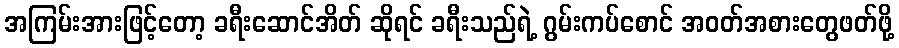
အကြမ်းအားဖြင့်တော့ ခရီးဆောင်အိတ် ဆိုရင် ခရီးသည်ရဲ့ ဂွမ်းကပ်စောင် အဝတ်အစားတွေဖတ်ဖို့